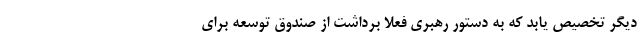
دیگر تخصیص یابد که به دستور رهبری فعلا برداشت از صندوق توسعه برای